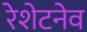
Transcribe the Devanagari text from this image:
रेशेटनेव